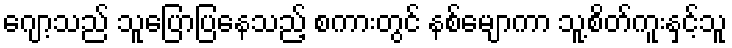
ဂျော့သည် သူပြောပြနေသည့် စကားတွင် နစ်မျောကာ သူ့စိတ်ကူးနှင့်သူ